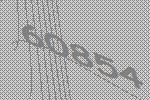
60854